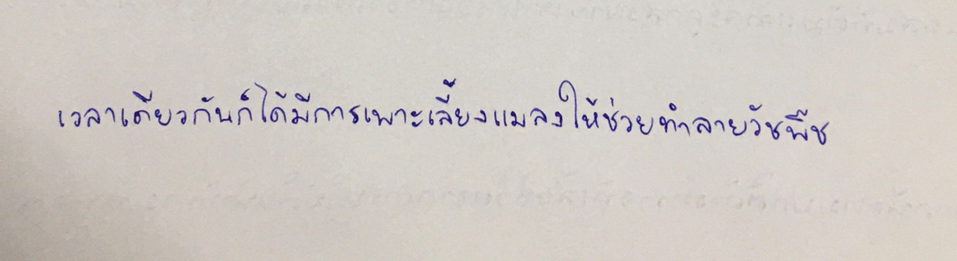
เวลาเดียวกันก็ได้มีการเพาะเลี้ยงแมลงให้ช่วยทำลายวัชพืช